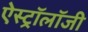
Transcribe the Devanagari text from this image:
ऐस्ट्रॉलॉजी